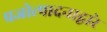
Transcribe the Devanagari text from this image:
प्रजोत्पादनाद्वारे